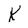
Character: K